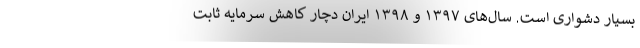
بسیار دشواری است. سال‌های ۱۳۹۷ و ۱۳۹۸ ایران دچار کاهش سرمایه ثابت